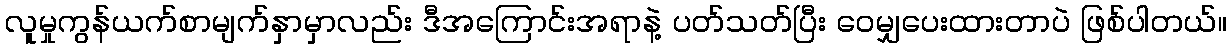
လူမှုကွန်ယက်စာမျက်နှာမှာလည်း ဒီအကြောင်းအရာနဲ့ ပတ်သတ်ပြီး ဝေမျှပေးထားတာပဲ ဖြစ်ပါတယ်။